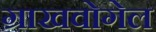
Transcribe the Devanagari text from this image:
ग्राखवोगेल